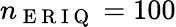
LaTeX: n_{\mathrm{~E~R~I~Q~}}=100